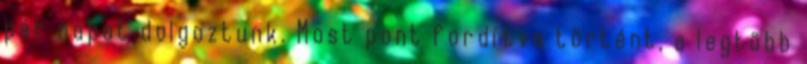
pár napot dolgoztunk. Most pont fordítva történt, a legtöbb